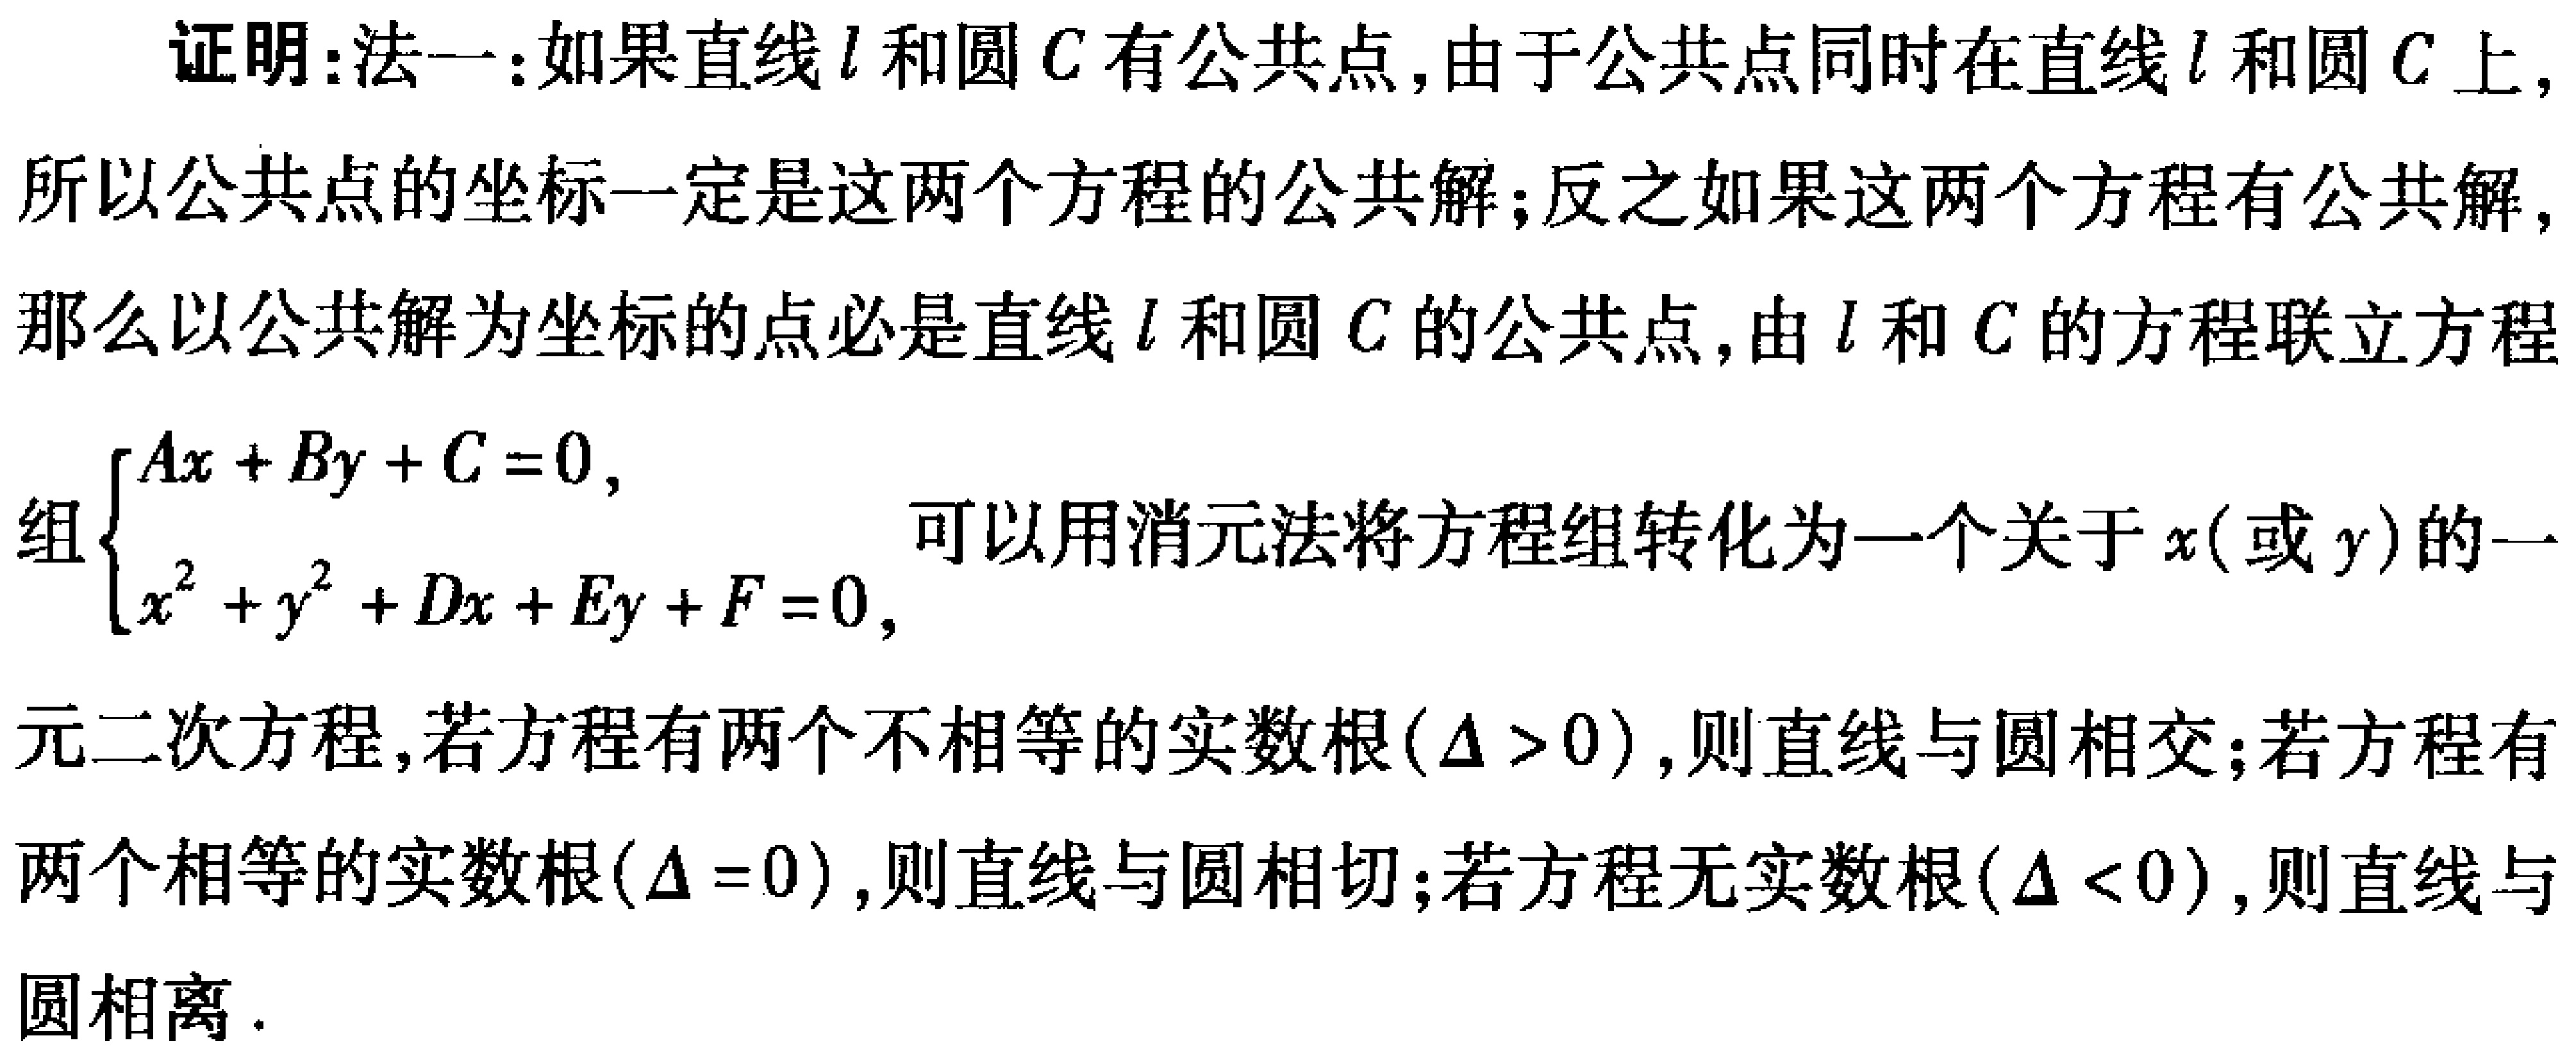
证明：法一：如果直线\(l\)和圆\(C\)有公共点，由于公共点同时在直线\(l\)和圆\(C\)上，所以公共点的坐标一定是这两个方程的公共解；反之如果这两个方程有公共解，那么以公共解为坐标的点必是直线\(l\)和圆\(C\)的公共点，由\(l\)和\(C\)的方程联立方程组\(\begin{cases}Ax + By + C = 0,\\x^{2} + y^{2} + Dx + Ey + F = 0,\end{cases}\)可以用消元法将方程组转化为一个关于\(x\)(或\(y\))的一元二次方程，若方程有两个不相等的实数根\((\Delta > 0)\)，则直线与圆相交；若方程有两个相等的实数根\((\Delta = 0)\)，则直线与圆相切；若方程无实数根\((\Delta < 0)\)，则直线与圆相离.